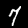
Label: 7